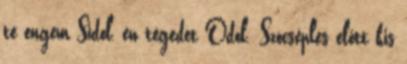
te engem Sidol, én tégedet Odol. Szócséplés előtt kis